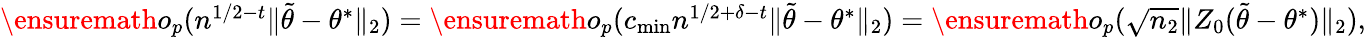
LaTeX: \begin{array}{r}{\ensuremath{o}_{p}(n^{1/2-t}\| {\widetilde\theta}-\theta^{*}\| _{2})=\ensuremath{o}_{p}(c_{\operatorname*{min}}n^{1/2+\delta-t}\| {\widetilde\theta}-\theta^{*}\| _{2})=\ensuremath{o}_{p}(\sqrt{n_{2}}\| Z_{0}({\widetilde\theta}-\theta^{*})\| _{2}),}\end{array}